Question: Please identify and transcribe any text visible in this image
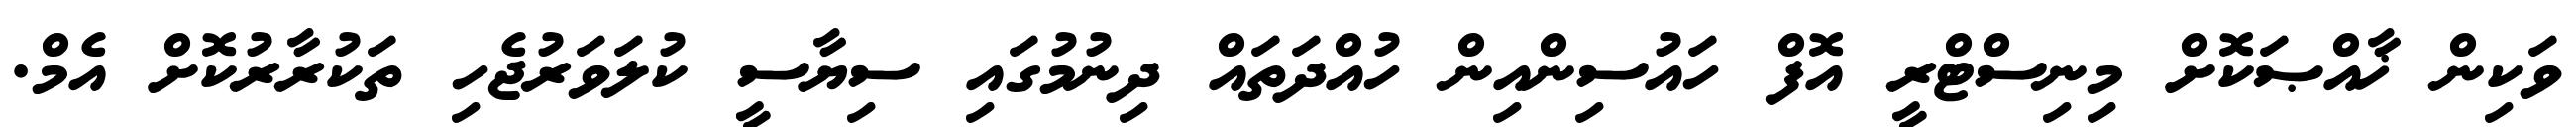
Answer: ވަކިން ޚާއްޞަކޮށް މިނިސްޓްރީ އޮފް ހައުސިންއިން ހުއްދަތައް ދިނުމުގައި ސިޔާސީ ކުލަވަރުޖެހި ތަކުރާރުކޮށް އެމް.